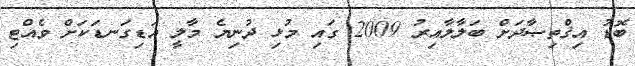
ބޮޑު އިޤްތިޞާދަށް ބަލާލާއިރު 2009 ގައި މުޅި ދުނިޔެ މާލީ އަޑިގަނޑަކަށް ވެއްޓި